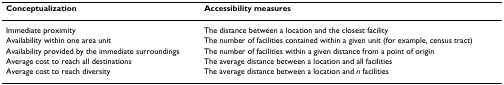
<table><thead><tr><td><b>Conceptualization</b></td><td><b>Accessibility measures</b></td></tr></thead><tbody><tr><td>Immediate proximity</td><td>The distance between a location and the closest facility</td></tr><tr><td>Availability within one area unit</td><td>The number of facilities contained within a given unit (for example, census tract)</td></tr><tr><td>Availability provided by the immediate surroundings</td><td>The number of facilities within a given distance from a point of origin</td></tr><tr><td>Average cost to reach all destinations</td><td>The average distance between a location and all facilities</td></tr><tr><td>Average cost to reach diversity</td><td>The average distance between a location and <i>n </i>facilities</td></tr></tbody></table>